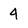
Character: 4